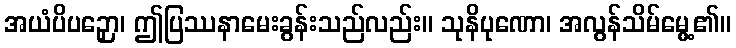
အယံပိပဉှော၊ ဤပြဿနာမေးခွန်းသည်လည်း။ သုနိပုဏော၊ အလွန်သိမ်မွေ့၏။